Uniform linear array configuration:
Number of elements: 8
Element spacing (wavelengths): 0.25
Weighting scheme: cosine
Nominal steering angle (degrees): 0
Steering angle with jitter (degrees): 0.9295
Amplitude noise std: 0.05
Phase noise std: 0.05

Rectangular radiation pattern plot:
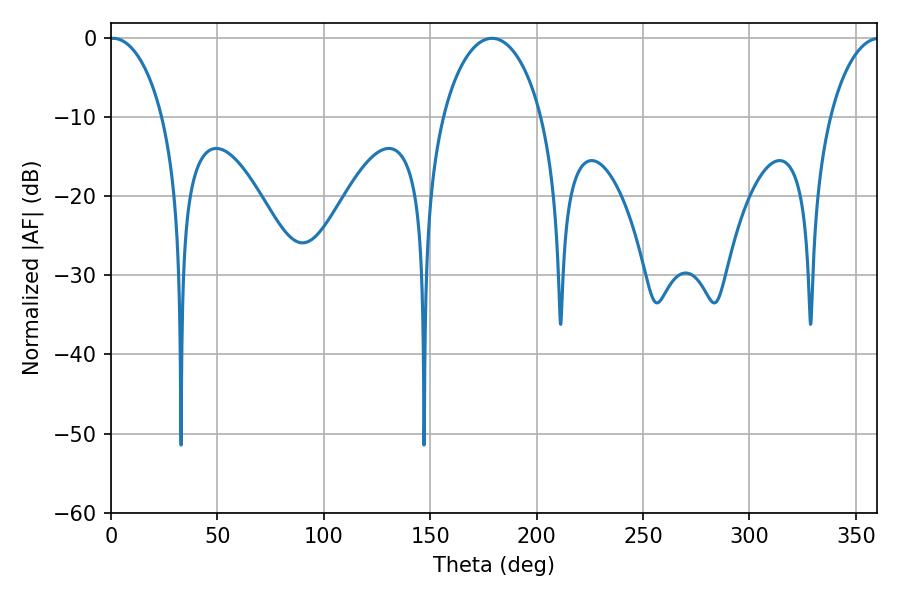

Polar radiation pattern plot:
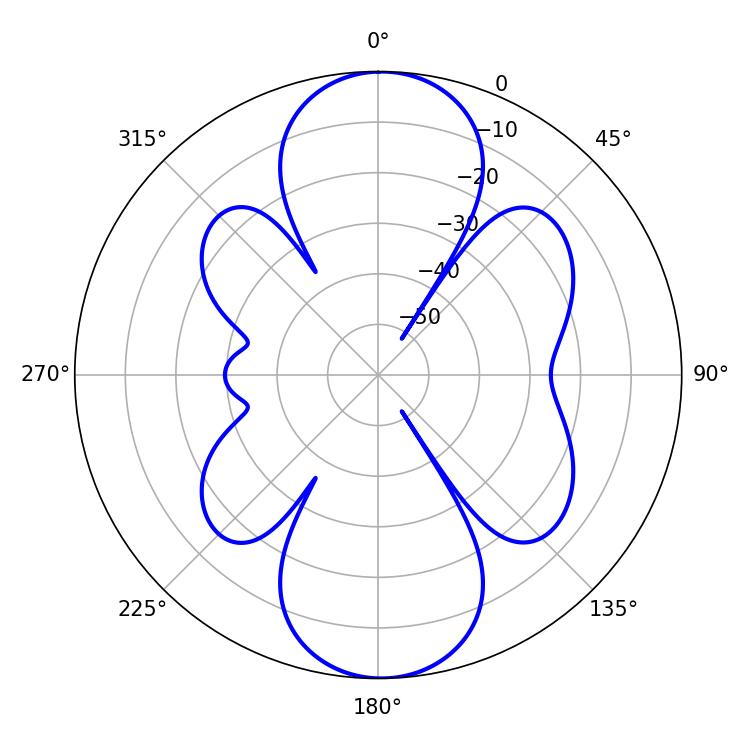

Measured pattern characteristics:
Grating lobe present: FALSE
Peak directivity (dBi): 18.355
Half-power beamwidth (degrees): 14.22
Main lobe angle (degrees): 0.9